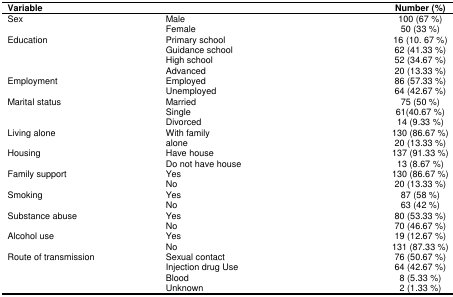
| <COLSPAN=2> Variable | Number (%) |
 | --- | --- | --- |
 | <ROWSPAN=2> Sex | Male | 100 (67 %) |
 | Female | 50 (33 %) |
 | <ROWSPAN=4> Education | Primary school | 16 (10. 67 %) |
 | Guidance school | 62 (41.33 %) |
 | High school | 52 (34.67 %) |
 | Advanced | 20 (13.33 %) |
 | <ROWSPAN=2> Employment | Employed | 86 (57.33 %) |
 | Unemployed | 64 (42.67 %) |
 | <ROWSPAN=3> Marital status | Married | 75 (50 %) |
 | Single | 61(40.67 %) |
 | Divorced | 14 (9.33 %) |
 | <ROWSPAN=2> Living alone | With family | 130 (86.67 %) |
 | alone | 20 (13.33 %) |
 | <ROWSPAN=2> Housing | Have house | 137 (91.33 %) |
 | Do not have house | 13 (8.67 %) |
 | <ROWSPAN=2> Family support | Yes | 130 (86.67 %) |
 | No | 20 (13.33 %) |
 | <ROWSPAN=2> Smoking | Yes | 87 (58 %) |
 | No | 63 (42 %) |
 | <ROWSPAN=2> Substance abuse | Yes | 80 (53.33 %) |
 | No | 70 (46.67 %) |
 | <ROWSPAN=2> Alcohol use | Yes | 19 (12.67 %) |
 | No | 131 (87.33 %) |
 | <ROWSPAN=4> Route of transmission | Sexual contact | 76 (50.67 %) |
 | Injection drug Use | 64 (42.67 %) |
 | Blood | 8 (5.33 %) |
 | Unknown | 2 (1.33 %) |